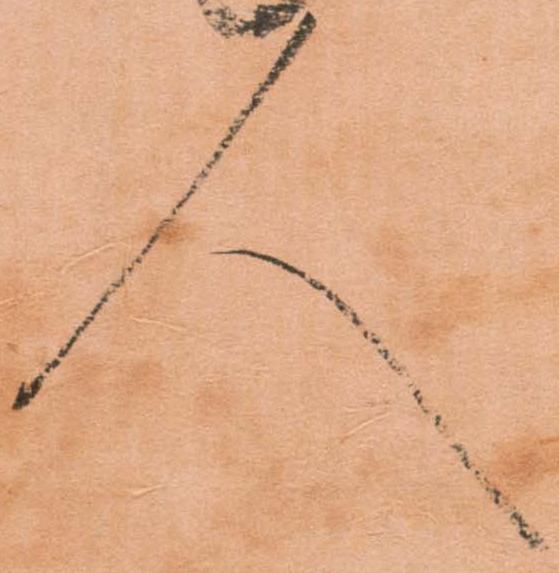
人